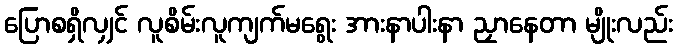
ပြောစရှိလျှင် လူစိမ်းလူကျက်မရွေး အားနာပါးနာ ညှာနေတာ မျိုးလည်း